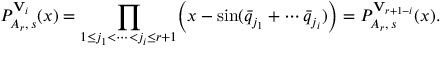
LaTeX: P _ { A _ { r } , \, s } ^ { { \bf V } _ { i } } ( x ) = \prod _ { 1 \leq j _ { 1 } < \cdots < j _ { i } \leq r + 1 } \Bigl ( x - \sin ( \bar { q } _ { j _ { 1 } } + \cdots \bar { q } _ { j _ { i } } ) \Bigr ) = P _ { A _ { r } , \, s } ^ { { \bf V } _ { r + 1 - i } } ( x ) .